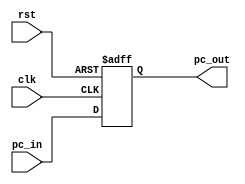
module PC (
    input wire clk,          // Clock input
    input wire rst,          // Reset input
    input wire [31:0] pc_in, // Input PC value
    output wire [31:0] pc_out // Output PC value
);

    // Register to hold the current PC value
    reg [31:0] current_pc;

    // Synchronous reset
    always @(posedge clk or posedge rst) begin
        if (rst)
            current_pc <= 32'h00000000; // Reset PC to 0
        else
            current_pc <= pc_in;        // Update PC with input value
    end

    // Output the current PC value
    assign pc_out = current_pc;

endmodule